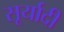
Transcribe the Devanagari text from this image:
सूर्यादी